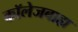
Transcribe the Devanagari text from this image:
कॉलेजबाह्य